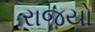
રાજયો